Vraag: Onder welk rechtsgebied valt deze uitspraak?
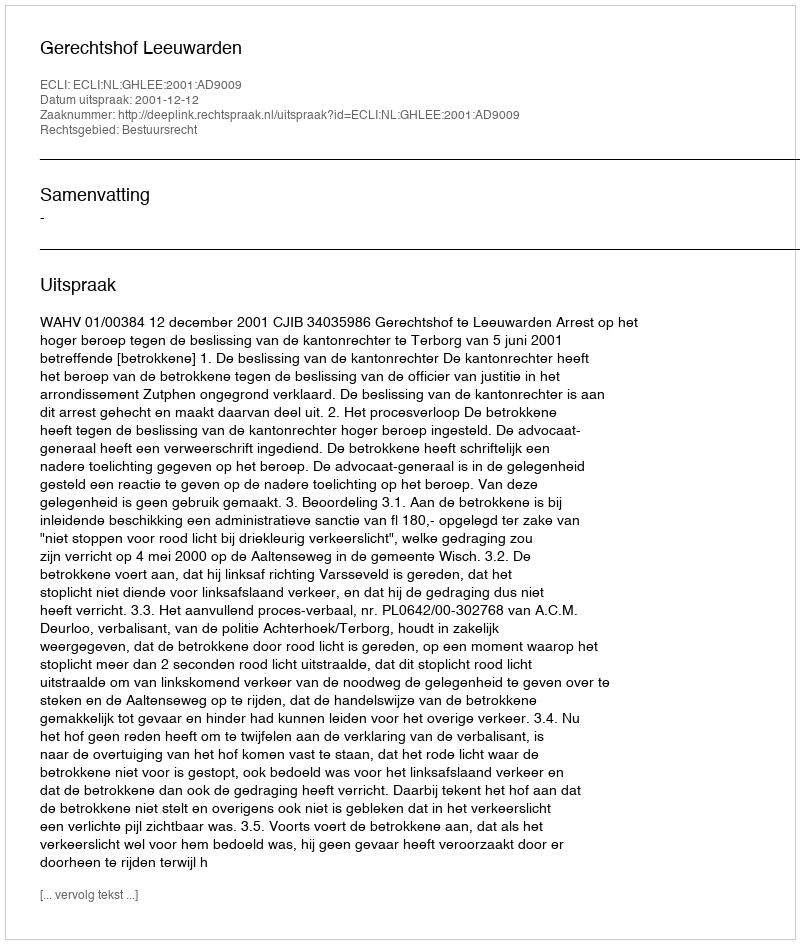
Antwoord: Bestuursrecht